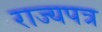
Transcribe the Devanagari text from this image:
राज्यपत्र